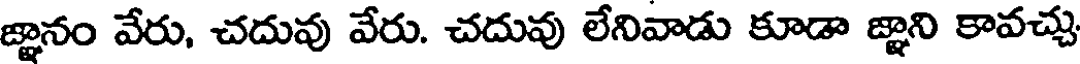
జ్ఞానం వేరు, చదువు వేరు. చదువు లేనివాడు కూడా జ్ఞాని కావచ్చు